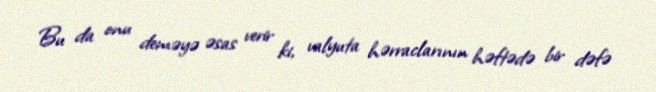
Bu da onu deməyə əsas verir ki, valyuta hərraclarının həftədə bir dəfə